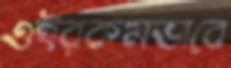
ওইরকমভাবে